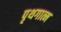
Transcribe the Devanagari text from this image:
पृथगात्म